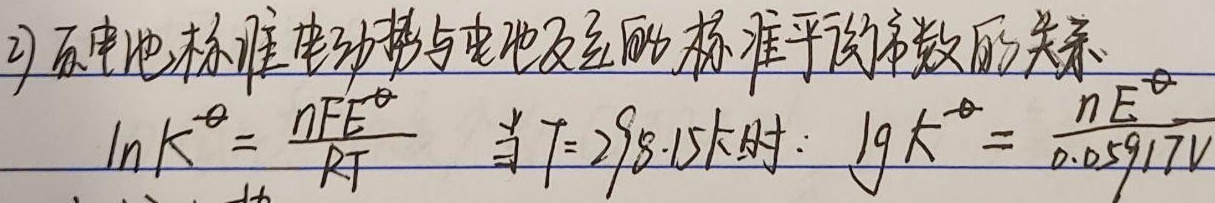
2) 原电池标准电动势与电池反应的标准平衡常数的关系：
\(\ln K^{\ominus}=\frac{nFE^{\ominus}}{RT}\)
当\(T = 298.15K\)时：
\(\lg K^{\ominus}=\frac{nE^{\ominus}}{0.05917V}\)